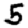
Digit: 5